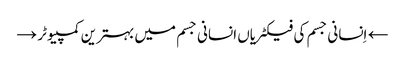
← اِنسانی جسم کی فیکٹریاں انسانی جسم میں بہترین کمپیوٹر →